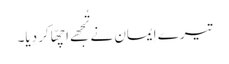
تیرے اِیمان نے تُجھے اچھّا کر دِیا۔